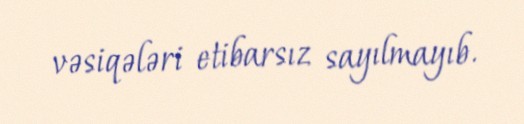
vəsiqələri etibarsız sayılmayıb.